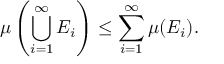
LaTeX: \mu \left( \bigcup _ { i = 1 } ^ { \infty } E _ { i } \right) \leq \sum _ { i = 1 } ^ { \infty } \mu ( E _ { i } ) .